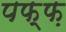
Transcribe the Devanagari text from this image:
पफ्फ़